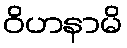
ဝိဟနာမိ